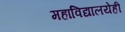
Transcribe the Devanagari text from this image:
महाविद्यालयेही